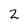
Character: 2